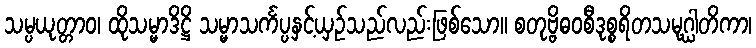
သမ္ပယုတ္တာဝ၊ ထိုသမ္မာဒိဋ္ဌိ သမ္မာသင်္ကပ္ပနှင့်ယှဉ်သည်လည်းဖြစ်သော။ စတုဗ္ဗိဓဝစီဒုစ္စရိတသမုဂ္ဃါတိကာ၊